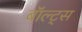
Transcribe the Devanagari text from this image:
बॉल्ट्स